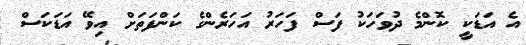
އެ އަޑަކީ ކޮންމެ ދުވަހަކު ފަސް ފަހަރު އަހަރެންގެ ކަންފަތަށް އިވޭ އަޑަކަސް